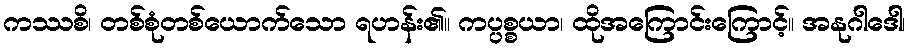
ကဿစိ၊ တစ်စုံတစ်ယောက်သော ရဟန်း၏။ ကပ္ပစ္စယာ၊ ထိုအကြောင်းကြောင့်။ အနုဂါဒေါ၊